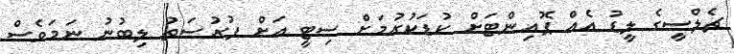
ޗެލްސީގެ ލީޑު އެއް ޕޮއިންޓަށް ކުޑަކުރުމަށް ސިޓީ އަށް ފުރުސަތު ލިބުނު ނަމަވެސް